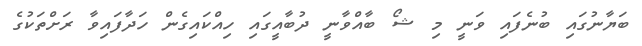
ބަޔާނުގައި ބުނެފައި ވަނީ މި ޝޯ ބާއްވާނީ ދުބާއީގައި ހިއްކައިގެން ހަދާފައިވާ ރަށްތަކުގެ